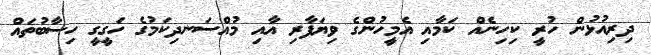
ދިރިއުޅުން ހުރީ ކިހިނެއް ކަމާއި އެމީހުންގެ ވިޔަފާރި އާއި މުއްސަނދިކަމުގެ ހަގީގީ ހިސާބުތައް